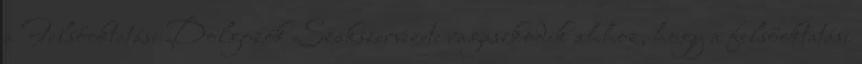
a Felsőoktatási Dolgozók Szakszervezete ragaszkodik ahhoz, hogy a felsőoktatási